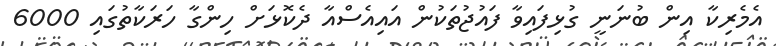
އެމެރިކާ އިން ބުނަނީ ގުޅިފައިވާ ފައުޖުތަކުން އައިއެސްއާ ދެކޮޅަށް ހިންގާ ހަރަކާތުގައި 6000